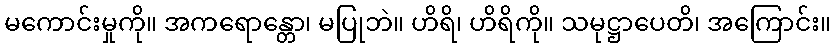
မကောင်းမှုကို။ အကရောန္တော၊ မပြုဘဲ။ ဟိရိ၊ ဟိရိကို။ သမုဋ္ဌာပေတိ၊ အကြောင်း။